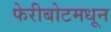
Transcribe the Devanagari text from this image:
फेरीबोटमधून